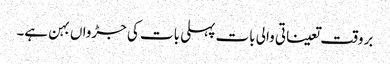
بروقت تعیناتی والی بات پہلی بات کی جڑواں بہن ہے۔